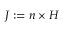
\boldsymbol { J } : = \boldsymbol { n } \times \boldsymbol { H }